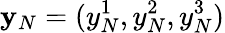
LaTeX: {\mathbf y}_{N}=(y_{N}^{1},y_{N}^{2},y_{N}^{3})